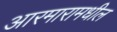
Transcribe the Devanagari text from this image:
आरमारामधील